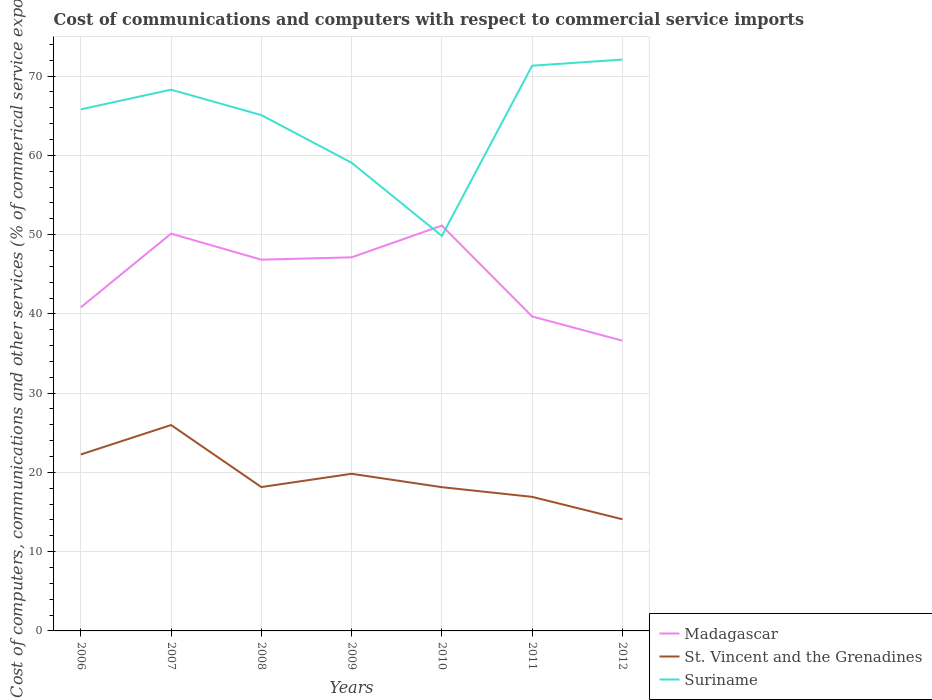
| Years | Madagascar | St. Vincent and the Grenadines | Suriname |
 | --- | --- | --- | --- |
 | 2006 | 40.8 | 22.3 | 65.8 |
 | 2007 | 50.1 | 26 | 68.3 |
 | 2008 | 46.8 | 18.2 | 65.1 |
 | 2009 | 47.1 | 19.8 | 59.1 |
 | 2010 | 51.1 | 18.1 | 49.8 |
 | 2011 | 39.7 | 16.9 | 71.3 |
 | 2012 | 36.6 | 14.1 | 72.1 |